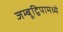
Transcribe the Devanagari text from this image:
जम्बूद्विपामध्ये